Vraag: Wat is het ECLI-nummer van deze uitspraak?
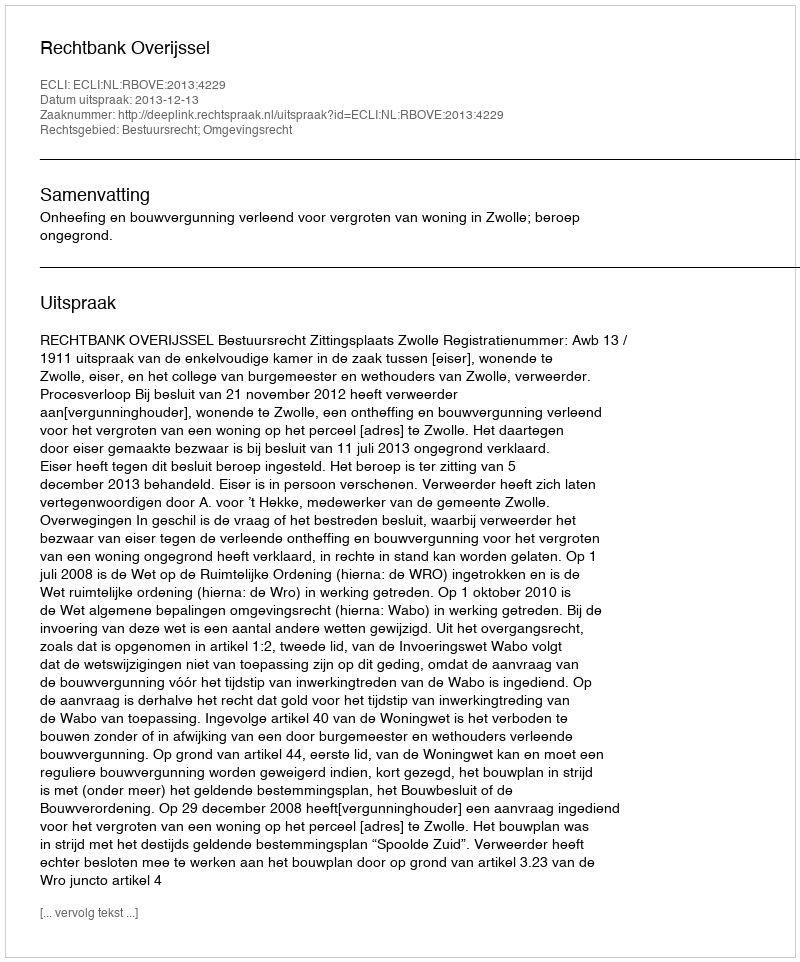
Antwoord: ECLI:NL:RBOVE:2013:4229